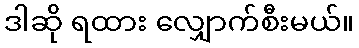
ဒါဆို ရထား လျှောက်စီးမယ်။